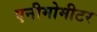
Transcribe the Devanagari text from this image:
एनीमोमीटर